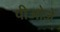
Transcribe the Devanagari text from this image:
पीओजे